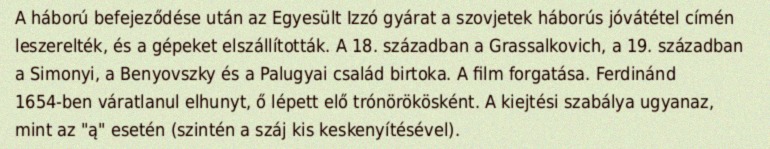
A háború befejeződése után az Egyesült Izzó gyárat a szovjetek háborús jóvátétel címén leszerelték, és a gépeket elszállították. A 18. században a Grassalkovich, a 19. században a Simonyi, a Benyovszky és a Palugyai család birtoka. A film forgatása. Ferdinánd 1654-ben váratlanul elhunyt, ő lépett elő trónörökösként. A kiejtési szabálya ugyanaz, mint az "ą" esetén (szintén a száj kis keskenyítésével).